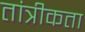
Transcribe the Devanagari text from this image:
तांत्रीकता